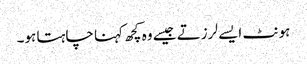
ہونٹ ایسے لرزتے جیسے وہ کچھ کہنا چاہتا ہو۔